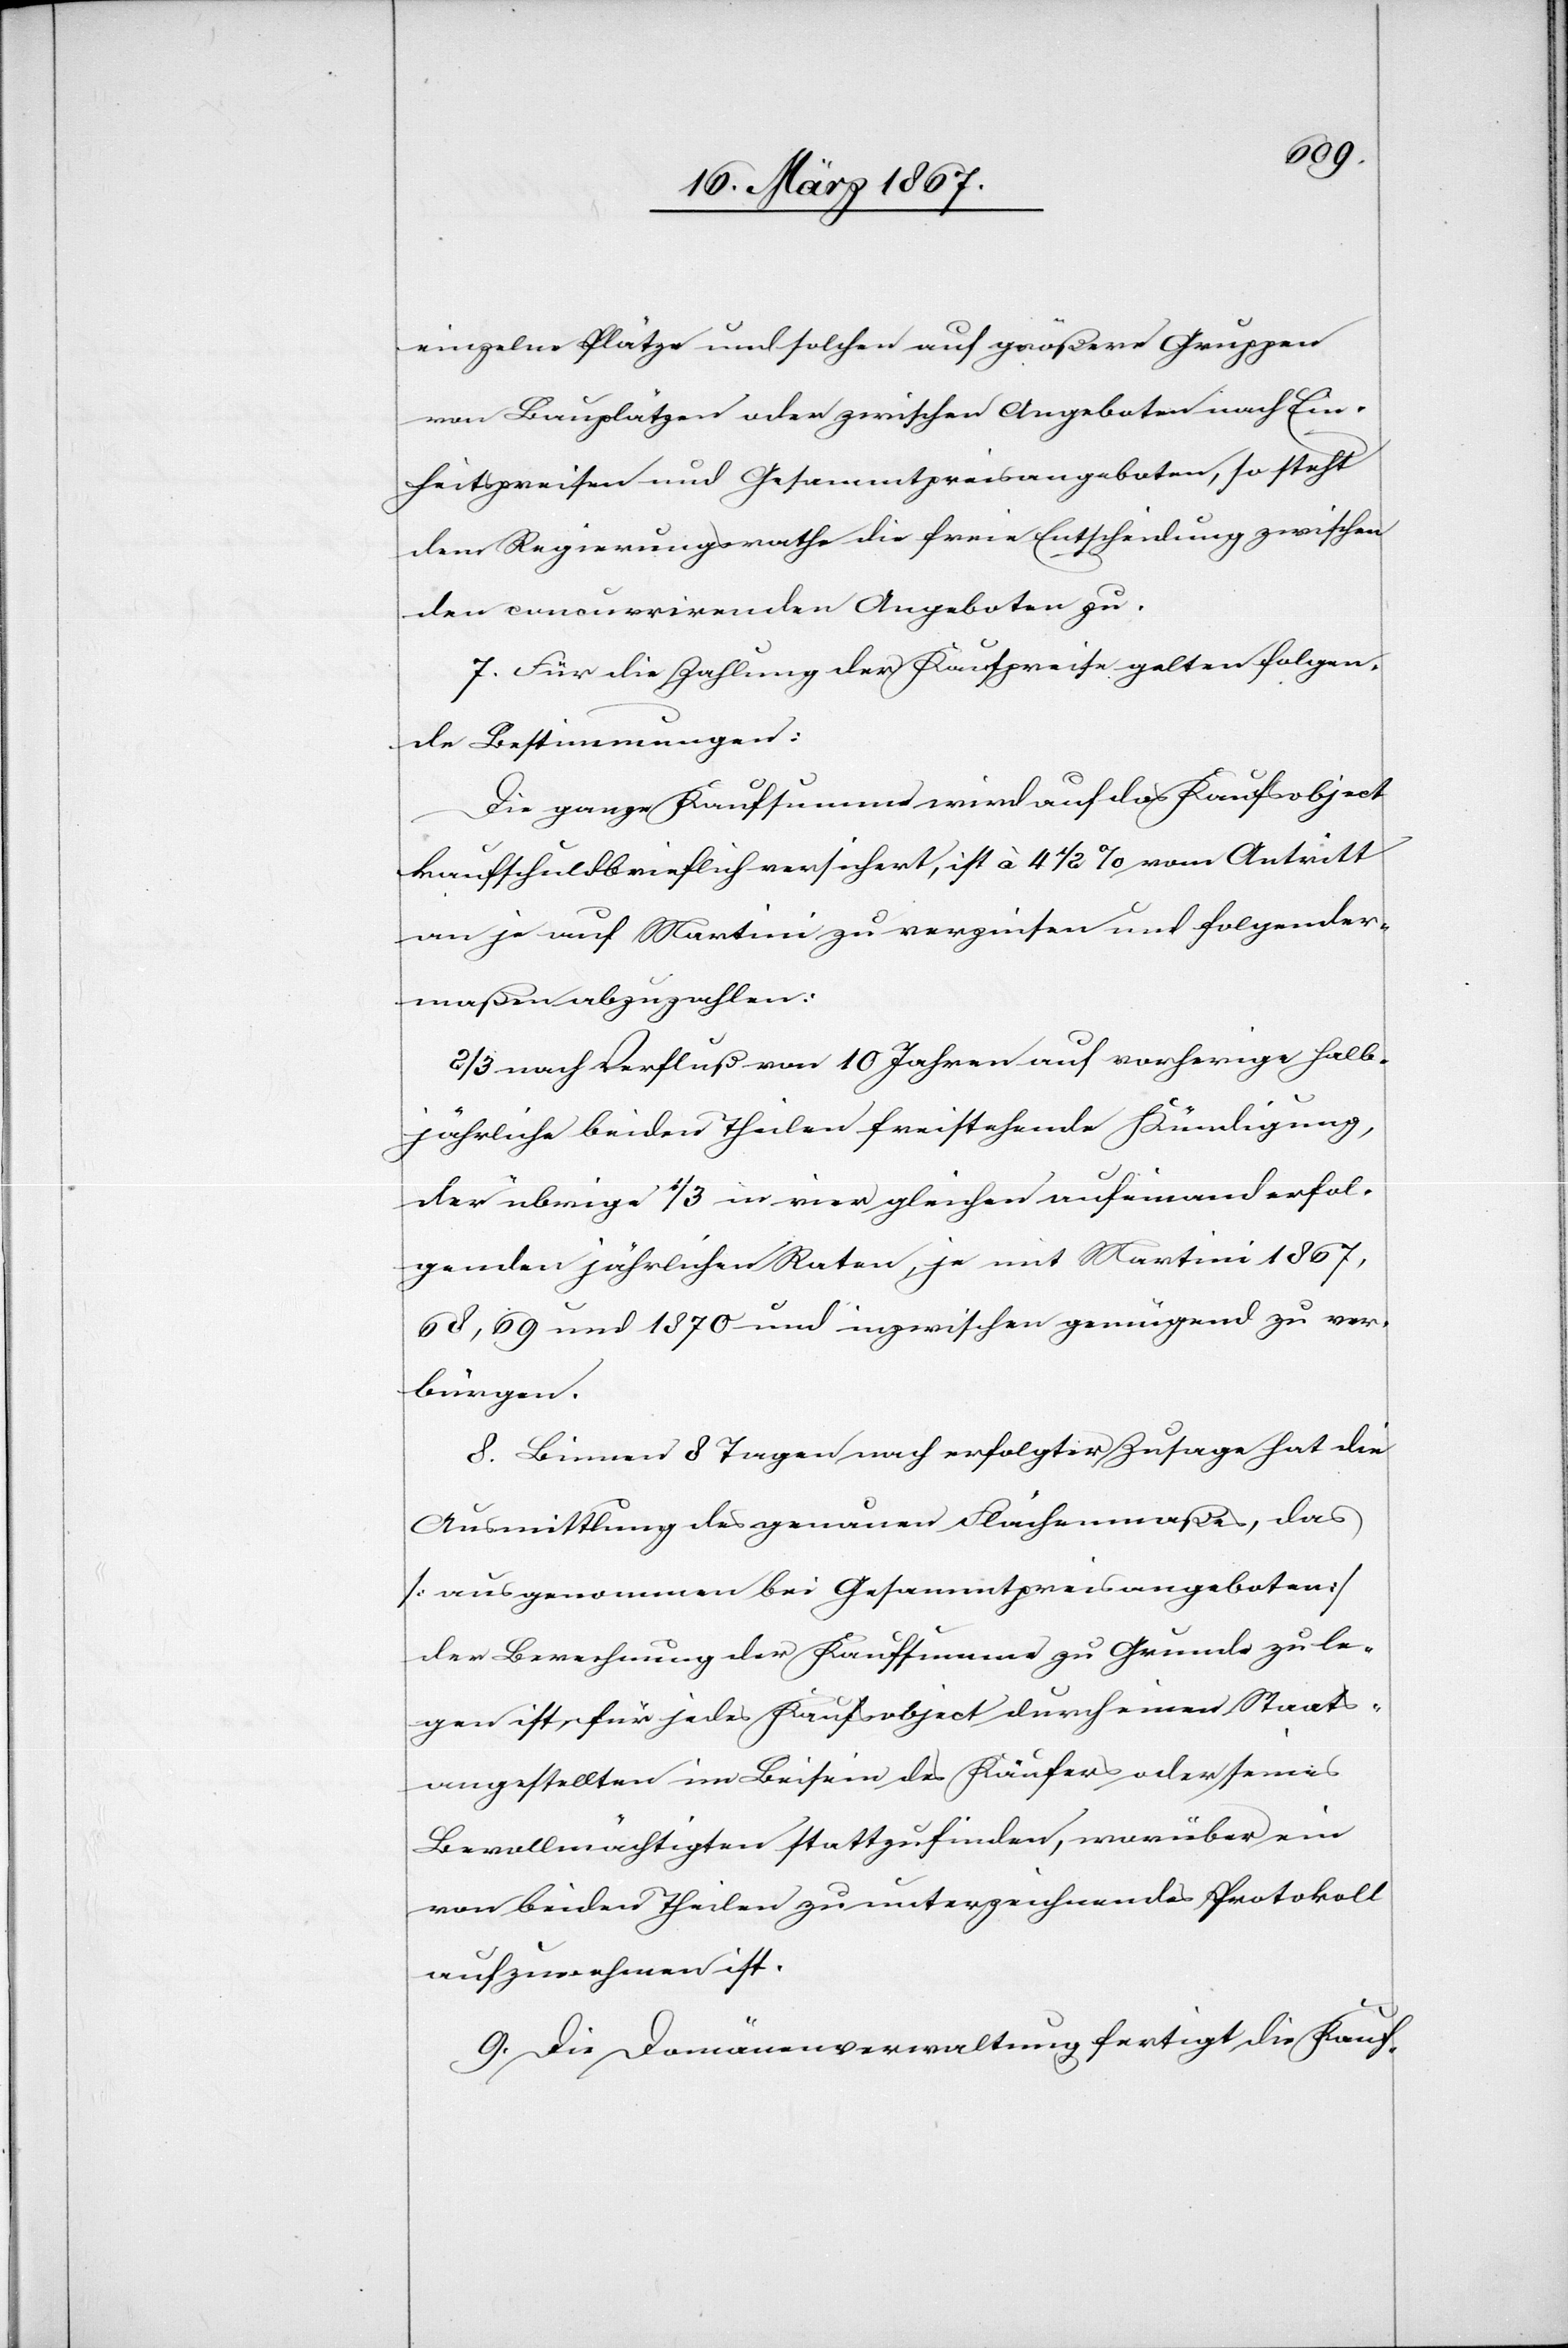
einzelne Plätze und solchen auf größere Gruppen
von Bauplätzen oder zwischen Angeboten nach Ein¬
heitspreisen und Gesammtpreisangeboten, so steht
dem Regierungsrathe die freie Entscheidung zwischen
den concurrirenden Angeboten zu.
7. Für die Zahlung der Kaufpreise gelten folgen¬
de Bestimmungen:
Die ganze Kaufsumme wird auf das Kaufsobject
kaufschuldbrieflich versichert, ist à 4 1/2 % vom Antritt
an je auf Martini zu verzinsen und folgender¬
maßen abzuzahlen:
2/3 nach Verfluß von 10 Jahren auf vorherige halb¬
jährliche beiden Theilen freistehende Kündigung,
der übrige 1/3 in vier gleichen aufeinanderfol¬
genden jährlichen Raten, je mit Martini 1867,
68, 69 und 1870 und inzwischen genügend zu ver¬
bürgen.
8. Binnen 8 Tagen nach erfolgter Zusage hat die
Ausmittlung des genauen Flächenmaßes, das
[ausgenommen bei Gesammtpreisangeboten]
der Berechnung der Kaufsumme zu Grunde zu le¬
gen ist, für jedes Kaufsobject durch einen Staats¬
angestellten im Beisein des Käufers oder seines
Bevollmächtigten stattzufinden, worüber ein
von beiden Theilen zu unterzeichnendes Protokoll
aufzunehmen ist.
9. Die Domänenverwaltung fertigt die Kauf-